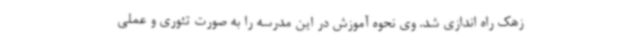
زهک راه اندازی شد. وی نحوه آموزش در این مدرسه را به صورت تئوری و عملی